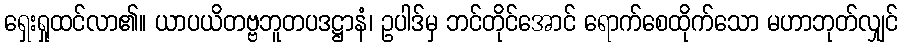
ရှေးရှုထင်လာ၏။ ယာပယိတဗ္ဗဘူတပဒဋ္ဌာနံ၊ ဥပါဒ်မှ ဘင်တိုင်အောင် ရောက်စေထိုက်သော မဟာဘုတ်လျှင်